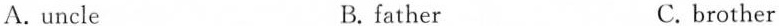
A. uncle B.father C. brother